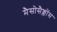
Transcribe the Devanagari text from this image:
मैसोसैक्लोंस